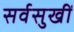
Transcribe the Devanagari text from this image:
सर्वसुखीं